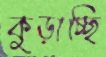
কুড়াচ্ছি